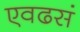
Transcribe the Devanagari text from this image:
एवढसं